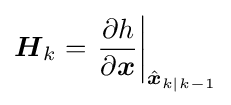
{{\boldsymbol {H}}_{k}}=\left.{\frac {\partial h}{\partial {\boldsymbol {x}}}}\right\vert _{{\hat {\boldsymbol {x}}}_{k|k-1}}